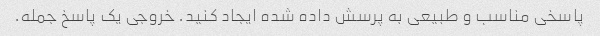
پاسخی مناسب و طبیعی به پرسش داده شده ایجاد کنید. خروجی یک پاسخ جمله.